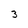
Character: 3